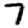
Digit: 7